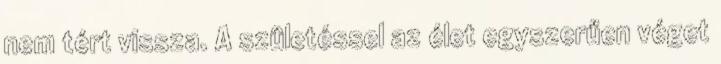
nem tért vissza. A születéssel az élet egyszerűen véget